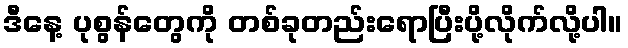
ဒီနေ့ ပုစွန်တွေကို တစ်ခုတည်းရောပြီးပို့လိုက်လို့ပါ။